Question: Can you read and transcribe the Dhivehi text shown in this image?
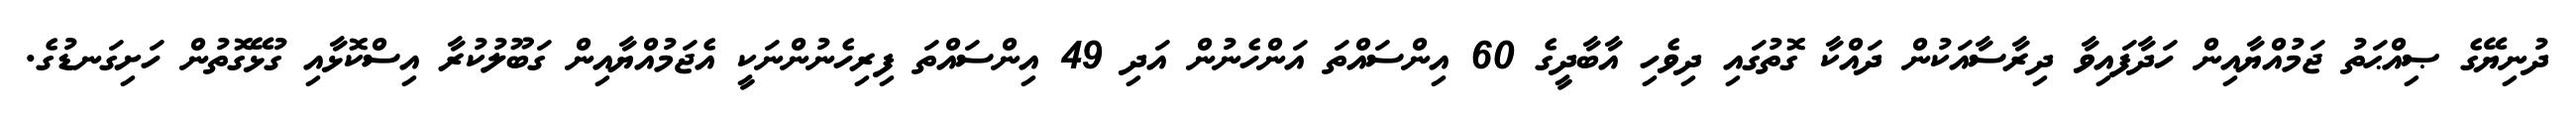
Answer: ދުނިޔޭގެ ޞިއްޙަތު ޖަމުއްޔާއިން ހަދާފައިވާ ދިރާސާއަކުން ދައްކާ ގޮތުގައި ދިވެހި އާބާދީގެ 60 އިންސައްތަ އަންހެނުން އަދި 49 އިންސައްތަ ފިރިހެނުންނަކީ އެޖަމުއްޔާއިން ގަބޫލުކުރާ އިސްކޮޅާއި ގުޅޭގޮތުން ހަށިގަނޑުގެ.